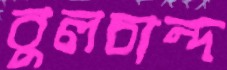
বুলচান্দ